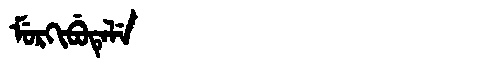
Manchu: ᠮᡠᡵᡴᡳᠪᡠᡨᡝᠯᡝ
Romanization: MURKIBUTELE